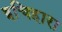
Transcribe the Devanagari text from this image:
इचिहारा